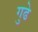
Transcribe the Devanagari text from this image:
गुढे